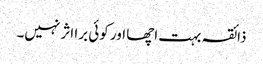
ذائقہ بہت اچھا اور کوئی برا اثر نہیں۔